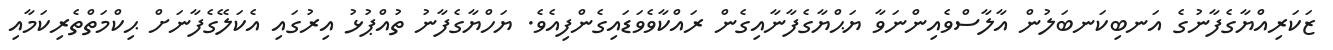
ޒަކަރިއްޔާގެފާނުގެ އަނބިކަނބަލުން އާލާސްވެއިންނަވާ ޔަޙްޔާގެފާނާއިގެން ރައްކާވެވަޑައިގެންފިއެވެ. ޔަހްޔާގެފާނު ތުއްޕުޅު އިރުގައި އެކަލޭގެފާނަށް ޙިކްމަތްތެރިކަމާއި